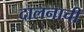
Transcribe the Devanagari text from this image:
दालनाची